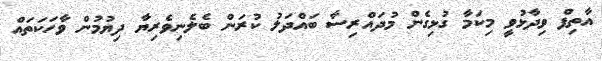
އާތިފް ވިދާޅުވީ މިކަމާ ގުޅިގެން މުދައްރިސާ ބައްދަލު ކުރަން ބެލެނިވެރިޔާ ދިޔުމުން ވާހަކަތައް